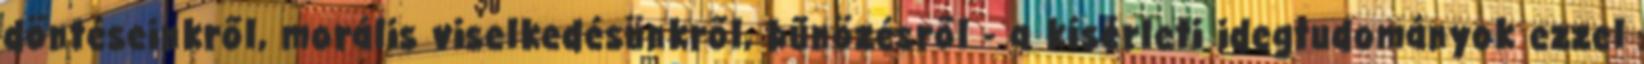
döntéseinkről, morális viselkedésünkről, bűnözésről - a kísérleti idegtudományok ezzel